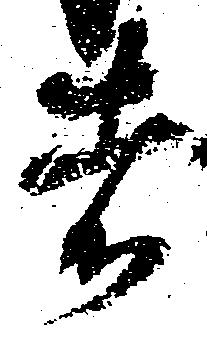
者